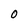
Character: O